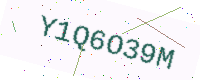
Text: Y1Q6O39M